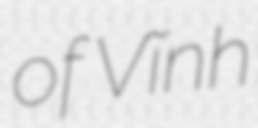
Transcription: of Vĩnh